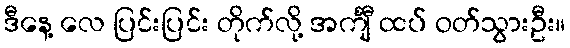
ဒီနေ့ လေ ပြင်းပြင်း တိုက်လို့ အင်္ကျီ ထပ် ဝတ်သွားဦး။